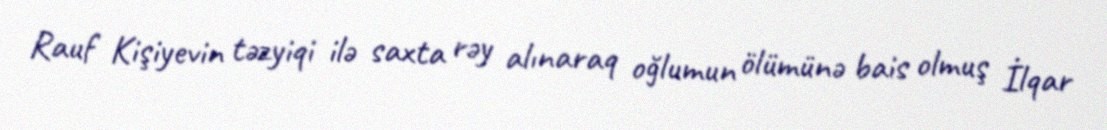
Rauf Kişiyevin təzyiqi ilə saxta rəy alınaraq oğlumun ölümünə bais olmuş İlqar